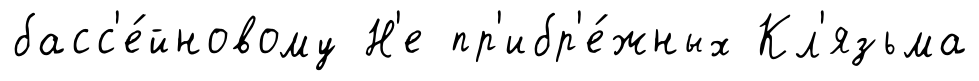
басс'е́йновому Н'е пр'ибр'е́жных Кл'язьма